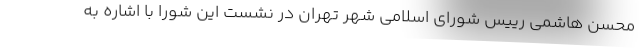
محسن هاشمی رییس شورای اسلامی شهر تهران در نشست این شورا با اشاره به